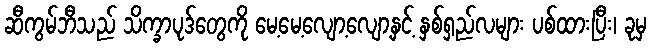
ဆီကွမ်ဘီသည် သိက္ခာပုဒ်တွေကို မေ့မေ့လျော့လျော့နှင့် နှစ်ရှည်လများ ပစ်ထားပြီး၊ ခုမှ